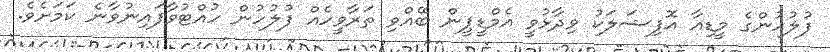
ފުލުހުންގެ މީޑިއާ އޮފިޝަލަކު ވިދާޅުވީ އެމްޑީޕީން ބޭއްވި ތަރާވީހެއް ފުލުހުން ހުއްޓުވާފައިނުވާނެ ކަމަށެވެ.